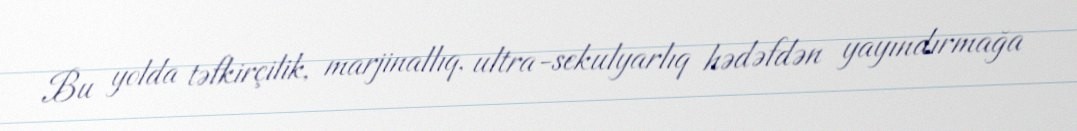
Bu yolda təfkirçilik, marjinallıq, ultra-sekulyarlıq hədəfdən yayındırmağa